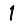
Digit: 1